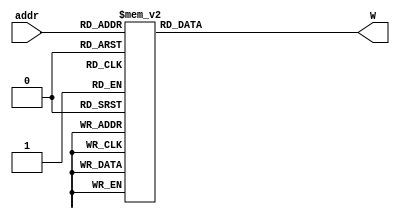

//////////////////////////////////////////////////////////////////////////////////
// Design Name: Fast Fourier Transform (16-point) 
// Module Name:  w_lut
// Project Name: Fast Fourier Transform (16-point)
//////////////////////////////////////////////////////////////////////////////

module w_lut (
   input wire [2:0] addr,
   output reg [31:0] W
);

   always @(*) begin

      case (addr)

         0: W = {16'd16384, 16'd0};
         1: W = {16'd15137, -16'd6270};
         2: W = {16'd11585, -16'd11585};
         3: W = {16'd6270, -16'd15137};
         4: W = {16'd0, -16'd16384};
         5: W = {-16'd6270, -16'd15137};
         6: W = {-16'd11585, -16'd11585};
         7: W = {-16'd15137, -16'd6270};

      endcase

   end

endmodule